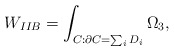
\begin{align*}W_{IIB}=\int_{C:\partial C=\sum_i D_i}\Omega_3,\end{align*}